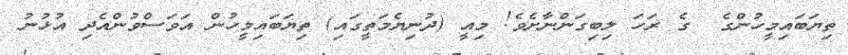
ތިޔަބައިމީހުންގެ  ގެ ރަހަ ލިބިގަންނާށެވެ! މިއީ (ދުނިޔެމަތީގައި) ތިޔަބައިމީހުން އަވަސްވުންއެދި އުޅުނު